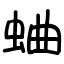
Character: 蛐